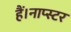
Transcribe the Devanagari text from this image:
हैं।नाप्स्टर